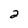
Character: 2